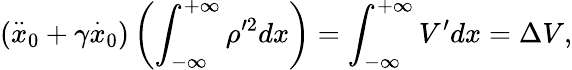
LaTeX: (\stackrel{..}{x}_{0}+\gamma\stackrel{.}{x}_{0})\left(\int_{-\infty}^{+\infty}\rho^{\prime 2}dx\right)=\int_{-\infty}^{+\infty}V^{\prime}dx=\Delta V,